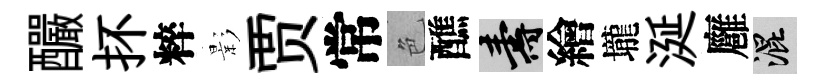
釅抔粹影贾常色醮壽繪壠涎廱混